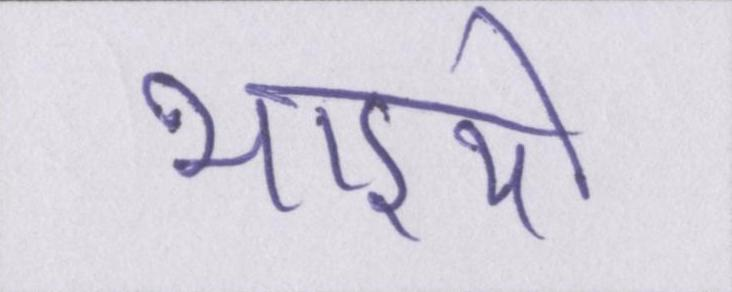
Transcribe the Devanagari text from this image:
भाइयो